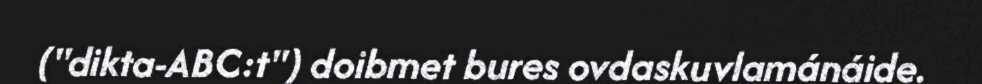
("dikta-ABC:t") doibmet bures ovdaskuvlamánáide.